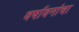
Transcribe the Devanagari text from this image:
वर्षावनांचा